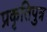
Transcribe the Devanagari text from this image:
प्रकृतिपुत्र